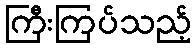
ကြီးကြပ်သည့်